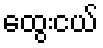
ထွေးငယ်